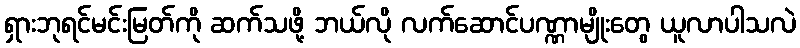
ရှားဘုရင်မင်းမြတ်ကို ဆက်သဖို့ ဘယ်လို လက်ဆောင်ပဏ္ဏာမျိုးတွေ ယူလာပါသလဲ